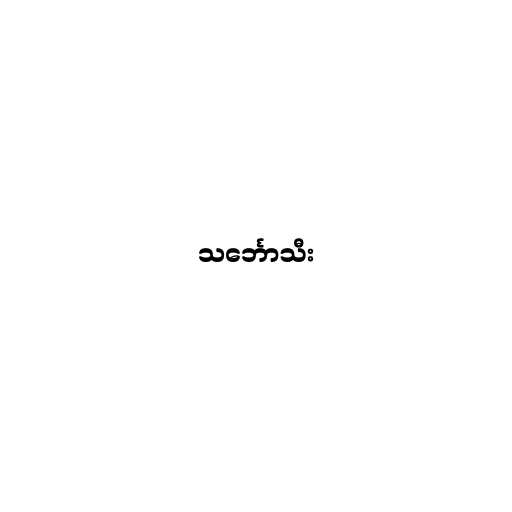
သင်္ဘောသီး